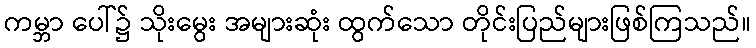
ကမ္ဘာ ပေါ်၌ သိုးမွေး အများဆုံး ထွက်သော တိုင်းပြည်များဖြစ်ကြသည်။